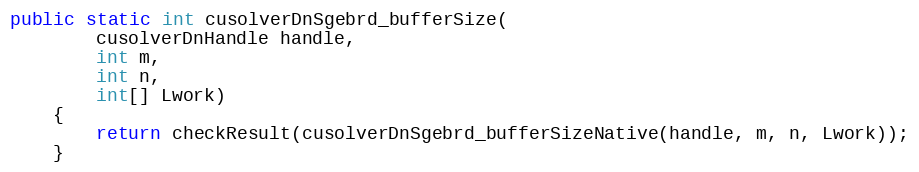
Language: Java
public static int cusolverDnSgebrd_bufferSize(
        cusolverDnHandle handle,
        int m,
        int n,
        int[] Lwork)
    {
        return checkResult(cusolverDnSgebrd_bufferSizeNative(handle, m, n, Lwork));
    }